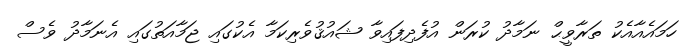
ހަމައެއާއެކު ތަރާވީޙް ނަމާދު ކުރަން އުފެދިފައިވާ ޝައުޤުވެރިކަމާ އެކުގައި ޖަމާއަތުގައި އެނަމާދު ވެސް